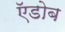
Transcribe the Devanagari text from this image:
ऍडोब